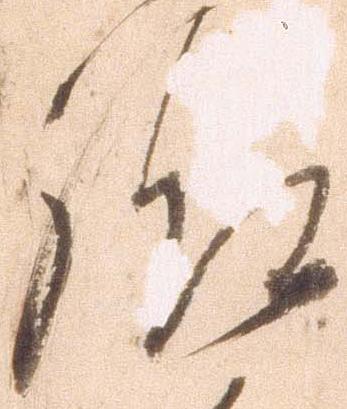
給